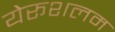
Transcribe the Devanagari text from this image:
येरूशलम